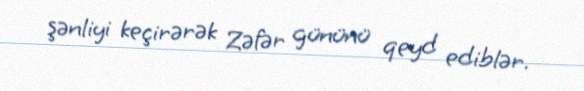
şənliyi keçirərək Zəfər gününü qeyd ediblər.